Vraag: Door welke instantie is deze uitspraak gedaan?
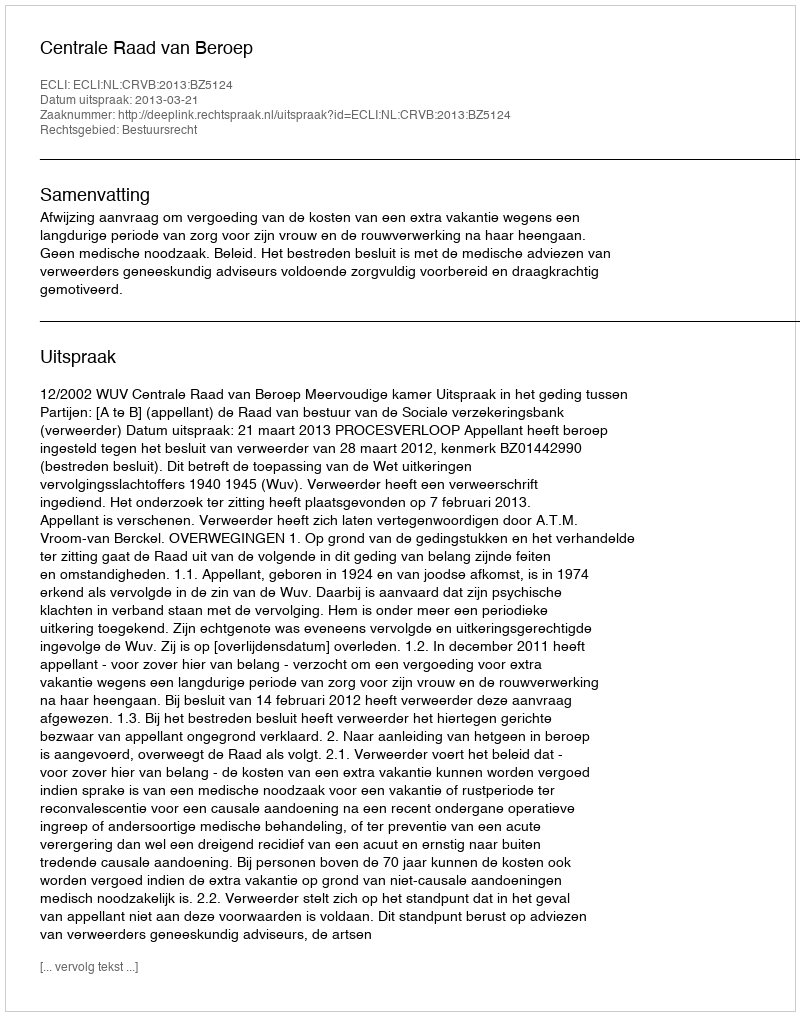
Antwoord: Centrale Raad van Beroep